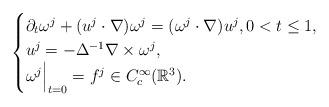
LaTeX: \begin{align*} \begin{cases} \partial_t \omega^j + (u^j \cdot \nabla ) \omega^j = (\omega^j \cdot \nabla )u^j, 0<t\le 1,\\ u^j=-\Delta^{-1}\nabla \times \omega^j, \\ \omega^j \Bigr|_{t=0} = f^j \in C_c^{\infty}(\mathbb R^3). \end{cases}\end{align*}